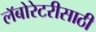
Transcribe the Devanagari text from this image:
लॅबोरेटरीसाठी